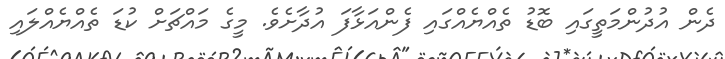
ދެން އުދުންމަތީގައި ބޮޑު ތެއްޔެއްގައި ފެންއަޅާފަ އުދާށެވެ. މީގެ މައްޗަށް ކުޑަ ތެއްޔެއްލައި